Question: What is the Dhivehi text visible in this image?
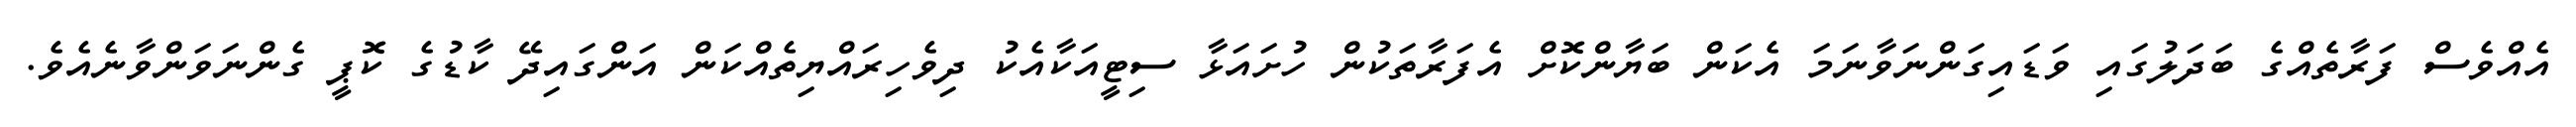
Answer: އެއްވެސް ފަރާތެއްގެ ބަދަލުގައި ވަޑައިގަންނަވާނަމަ އެކަން ބަޔާންކޮށް އެފަރާތަކުން ހުށައަޅާ ސިޓީއަކާއެކު ދިވެހިރައްޔިތެއްކަން އަންގައިދޭ ކާޑުގެ ކޮޕީ ގެންނަވަންވާނެއެވެ.